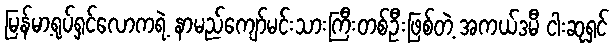
မြန်မာ့ရုပ်ရှင်လောကရဲ့ နာမည်ကျော်မင်းသားကြီးတစ်ဦးဖြစ်တဲ့ အကယ်ဒမီ ငါးဆုရှင်